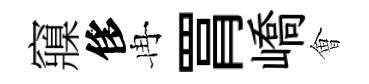
䆿侈冉罥嶠㑹